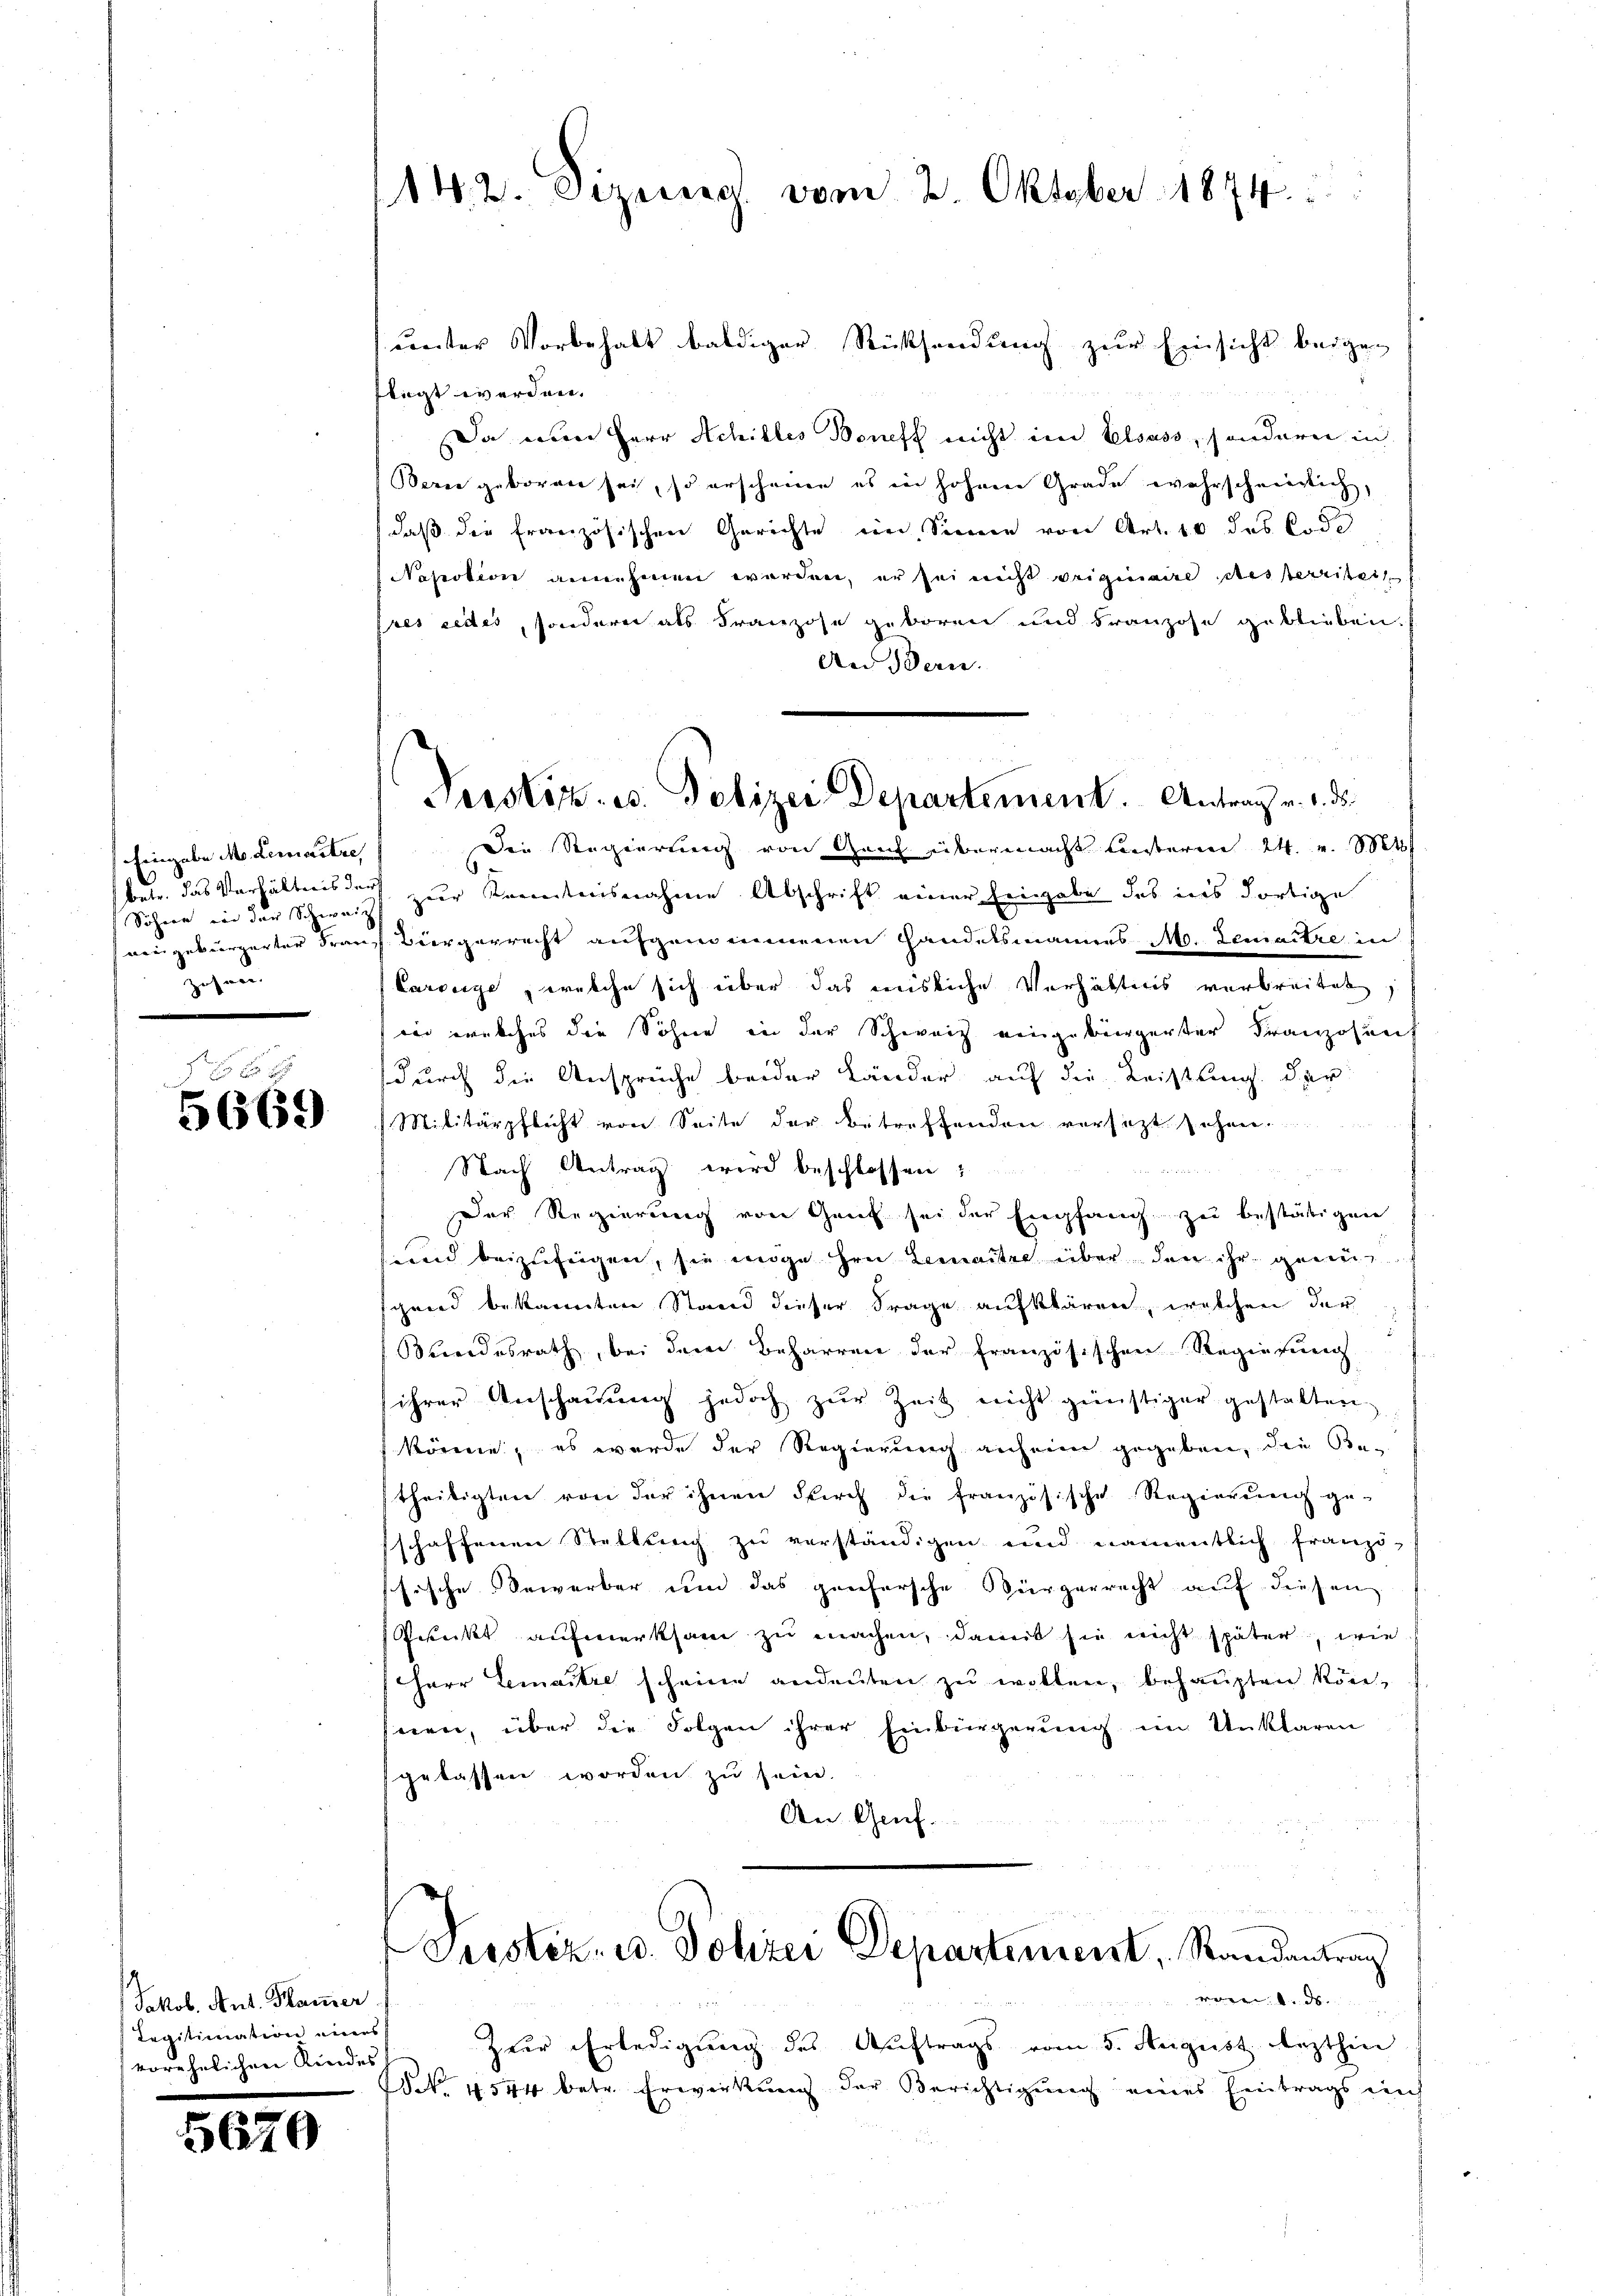
Fein abe M. Lemaître,
8
Söhnen von der Schweiz
zosner

1 f 0 x
5669

Jakob, Ant. Kamer
Legitimation einers
vorehelichen Kindes,

567

5

142. Sizerich vom 2. Oktober 1874.

unter Vorbehalt baldiger Rücksendung zur Einsicht beigen
flegt werden.
Da nun Herr Achilles Boneft nicht im Elsass, sondern in
Berne geboren sei, so erscheinen es in hohen Grade wahrschmeidlich,
daß die französischen Gerichte im Sinne von Art. 10 des Code
Napection annehmen werden, er sei nicht originaire desserritsch
sres redes, sondern als Franzose geboren und Franzose geblieben.
An Bern.
Die Regierung von Ganz übermacht besterm 24. v. Mts.
betr. das Verhältnis der zur Korectorisnahme Abschrift einer Eingabe des ins dortige
aengebürgerter Frau Biergerrecht aufgenommenen Handelsmannes M. demnitze in
Carsiege, welche sich über das misliche Verhältens verbreitet,
wer welches die Söhne in der Schweiz eingebürgerter Franzosenf
durch die Ansprüche beider Länder auf die Leistung der
Militärpflicht von Seite der betreffenden versezt sehen.
Nach Antrag wird beschlossen:
Der Regierung von Gant sei der Empfang zu bestätigen
und beizufügen, sie möge hrn. Lemaitre über den ihr genug
ghard bekannten Stand dieser Frage aufklären, welchen der
Bundesrath, bei dem Beharren der französischen Regierung
ihrer Anschauung jedoch zŭr Zeit nicht günstiger gestalten
körnen, es wurde der Regierung anheine gegeben, die Be-
theiligten von der ihnen durch die französische Regierung ge-
schaffenen Stellberg zŭ verständigen und namentlich franzi-
sische Erwerber und das ganfersche Bürgerrecht auf diesen
Gedeckt aufmerksam zu machen, damit sie nicht später, wie
Herr Lemaitre scheine andeuten zu wollen, behaupten könseien, über die Folgen ihrer Einbürgerŭng im Unklaren
gelassen worden zu sein.
An Gruf.
Justiz- u. Polizei Departement, Standantung
rerer
Zur Erledigung des Auftrags vom 5. August lezthin
15 No. 4574 betr. Erwirkung der Berichtigung eines Eintrags auch

Perstiz- u. Polizei Departement. Antrag v. 1. ds.